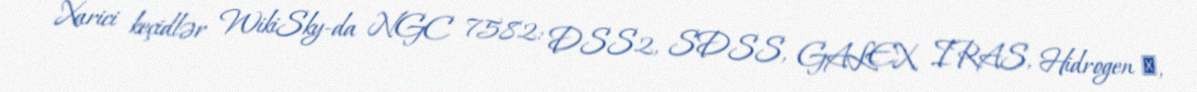
Xarici keçidlər WikiSky-da NGC 7582: DSS2, SDSS, GALEX, IRAS, Hidrogen α,